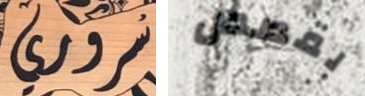
سروري بقصص